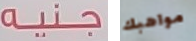
جنيه مواهبك